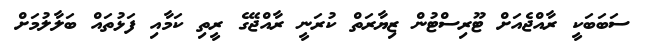
ސަބަބަކީ ރާއްޖެއަށް ޓޫރިސްޓުން ޒިޔާރަތް ކުރަނީ ރާއްޖޭގެ ރީތި ކަމާއި ފަޅުތައް ބަލާލުމަށް